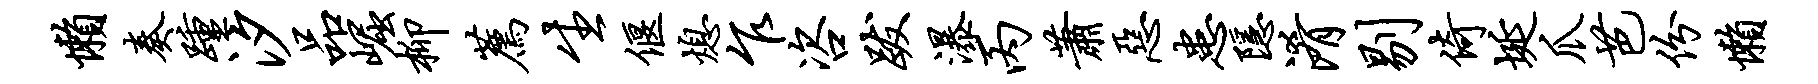
懒奏踵汐品崛柳荐生偃熄乍咨跋瀑丙萧恶患隐淆剔倚埏爪芭份懒